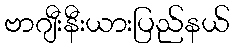
ဗာဂျီးနီးယားပြည်နယ်